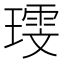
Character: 𪼗